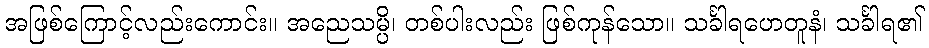
အဖြစ်ကြောင့်လည်းကောင်း။ အညေသမ္ပိ၊ တစ်ပါးလည်း ဖြစ်ကုန်သော။ သင်္ခါရဟေတူနံ၊ သင်္ခါရ၏